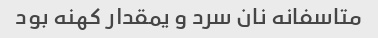
متاسفانه نان سرد و یمقدار کهنه بود